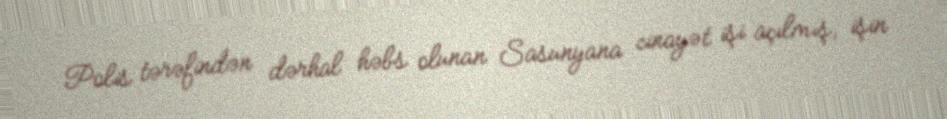
Polis tərəfindən dərhal həbs olunan Sasunyana cinayət işi açılmış, işin